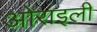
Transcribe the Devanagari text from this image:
ओराइली